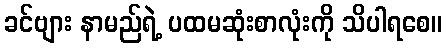
ခင်ဗျား နာမည်ရဲ့ ပထမဆုံးစာလုံးကို သိပါရစေ။